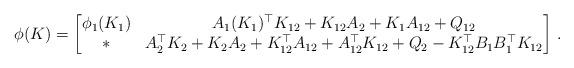
LaTeX: \begin{align*}\phi(K) = \begin{bmatrix} \phi_1(K_1) & A_1(K_1)^{\top}K_{12} + K_{12}A_2 + K_1A_{12} + Q_{12} \\ * & A_2^{\top}K_2 + K_2A_2 + K_{12}^{\top}A_{12} + A_{12}^{\top}K_{12} + Q_2 - K_{12}^{\top}B_1B_1^{\top}K_{12} \end{bmatrix} \,.\end{align*}